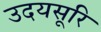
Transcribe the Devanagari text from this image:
उदयसूरि